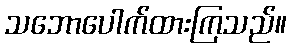
သဘောပေါက်ထားကြသည်။